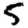
Digit: 5